Supplement to the account of plague administration in the Bombay Presidency from September 1896 till May 1897
Year: 1896
Disease focus: Plague
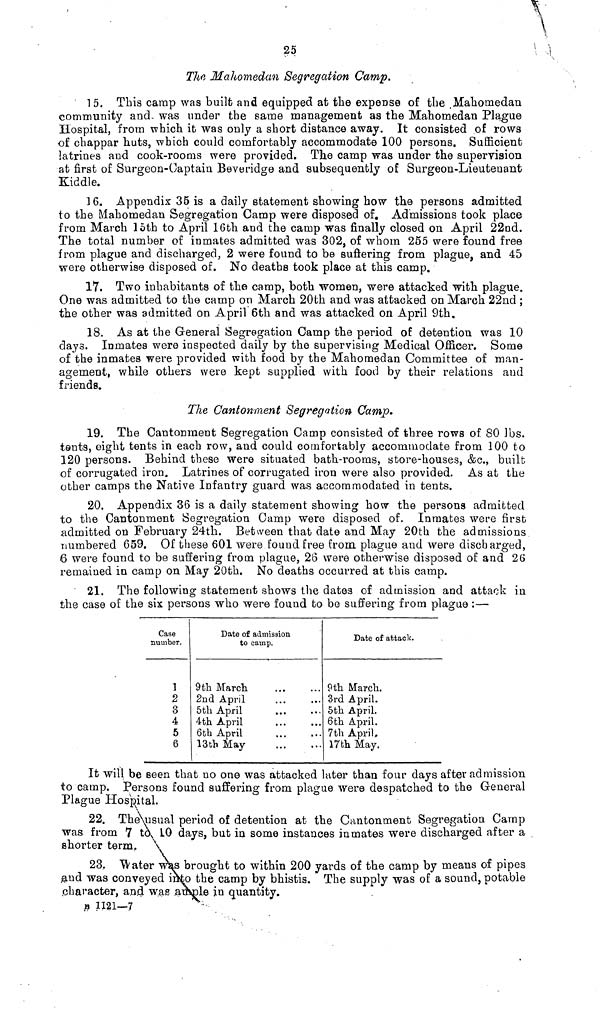
25
The Mahomedan Segregation Camp.
15. This camp was built and equipped at the expense of the Mahomedan
community and was under the same management as the Mahomedan Plague
Hospital, from which it was only a short distance away. It consisted of rows
of chappar huts, which could comfortably accommodate 100 persons. Sufficient
latrines and cook-rooms were provided. The camp was under the supervision
at first of Surgeon-Captain Beveridge and subsequently of Surgeon-Lieutenant
Kiddle.
16. Appendix 35 is a daily statement showing how the persons admitted
to the Mahomedan Segregation Camp were disposed of. Admissions took place
from March 15th to April 16th and the camp was finally closed on April 22nd.
The total number of inmates admitted was 302, of whom 255 were found free
from plague and discharged, 2 were found to be suffering from plague, and 45
were otherwise disposed of. No deaths took place at this camp.
17. Two inhabitants of the camp, both women, were attacked with plague.
One was admitted to the camp on March 20th and was attacked on March 22nd ;
the other was admitted on April 6th and was attacked on April 9th.
18. As at the General Segregation Camp the period of detention was 10
days. Inmates were inspected daily by the supervising Medical Officer. Some
of the inmates were provided with food by the Mahomedan Committee of man-
agement, while others were kept supplied with food by their relations and
friends.
The Cantonment Segregation Camp.
19. The Cantonment Segregation Camp consisted of three rows of 80 lbs.
tents, eight tents in each row, and could comfortably accommodate from 100 to
120 persons. Behind these were situated bath-rooms, store-houses, &c., built
of corrugated iron. Latrines of corrugated iron were also provided. As at the
other camps the Native Infantry guard was accommodated in tents.
20. Appendix 36 is a daily statement showing how the persons admitted
to the Cantonment Segregation Camp were disposed of. Inmates were first
admitted on February 24th. Between that date and May 20th the admissions
numbered 659. Of these 601 were found free from plague and were discharged,
6 were found to be suffering from plague, 26 were otherwise disposed of and 26
remained in camp on May 20th. No deaths occurred at this camp.
21. The following statement shows the dates of admission and attack in
the case of the six persons who were found to be suffering from plague :—
Case
number.
1
2
3
4
5
6
Date of admission
to camp.
9th March
2nd April
5th April
4th April
6th April
13th May
...
...
...
...
...
Date of attack.
9th March.
3rd April.
5th April.
6th April.
7th April,
17th May.
It will be seen that no one was attacked later than four days after admission
to camp. Persons found suffering from plague were despatched to the General
Plague Hospital.
22. The usual period of detention at the Cantonment Segregation Camp
was from 7 to 10 days, but in some instances inmates were discharged after a
shorter term.
23. Water was brought to within 200 yards of the camp by means of pipes
and was conveyed into the camp by bhistis. The supply was of a sound, potable
character, and was ample in quantity.
B 1121—7